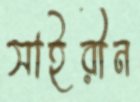
সাইরীন